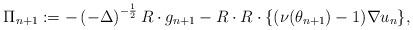
LaTeX: \begin{align*}\Pi_{n+1} := -\left(-\Delta\right)^{-\frac{1}{2}}R\cdot g_{n+1}-R\cdot R\cdot \{(\nu(\theta_{n+1})-1)\nabla u_n \}, \end{align*}